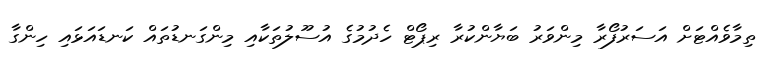
ތިމާވެއްޓަށް އަސަރުފޯރާ މިންވަރު ބަޔާންކުރާ ރިޕޯޓް ހެދުމުގެ އުސޫލުތަކާއި މިންގަނޑުތައް ކަނޑައަޅައި ހިންގާ